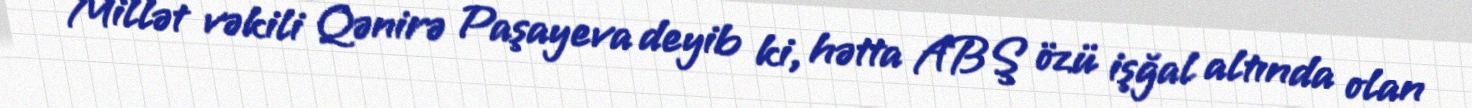
Millət vəkili Qənirə Paşayeva deyib ki, hətta ABŞ özü işğal altında olan